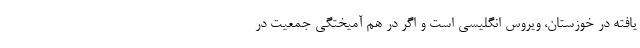
یافته در خوزستان، ویروس انگلیسی است و اگر در هم آمیختگی جمعیت در